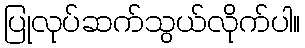
ပြုလုပ်ဆက်သွယ်လိုက်ပါ။